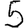
Digit: 5